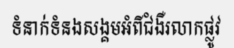
ទំនាក់ទំនងសង្គមអំពីជំងឺរលាកផ្លូវ